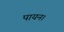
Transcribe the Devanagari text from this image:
पायन।